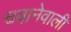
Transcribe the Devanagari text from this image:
चबानेवाली